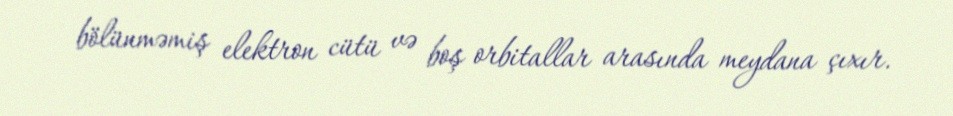
bölünməmiş elektron cütü və boş orbitallar arasında meydana çıxır.